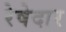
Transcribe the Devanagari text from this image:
रेषेदार